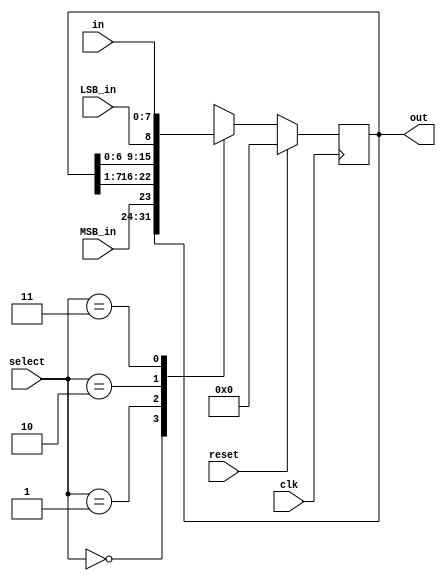
module uni_shift_reg(input [1:0] select,input MSB_in, LSB_in, clk, reset, input [7:0] in, output reg [7:0] out);
always@ (posedge clk)
begin
if(reset)
	out <= 8'b00000000;
else 
	   begin
		case (select)
			2'b00: out <= out;  // no change
			2'b01: out <= {MSB_in,out[7:1]};
			2'b10: out <= {out[6:0], LSB_in};
			2'b11: out <= in;
			default: out <= 8'b00000000;
		endcase
	   end
end
	
	
endmodule